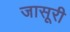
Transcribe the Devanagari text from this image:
जासूरी